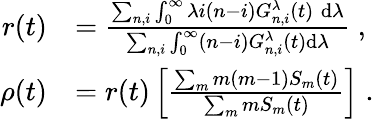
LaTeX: \begin{array}{rl}{r(t)}&{=\frac{\sum_{n,i}\int_{0}^{\infty}\lambda i(n-i)G_{n,i}^{\lambda}(t)\; \mathrm{d}\lambda}{\sum_{n,i}\int_{0}^{\infty}(n-i)G_{n,i}^{\lambda}(t)\mathrm{d}\lambda}\; ,}\\ {\rho(t)}&{=r(t)\left[\frac{\sum_{m}m(m-1)S_{m}(t)}{\sum_{m}mS_{m}(t)}\right]\; .}\end{array}